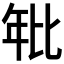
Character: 𭙂